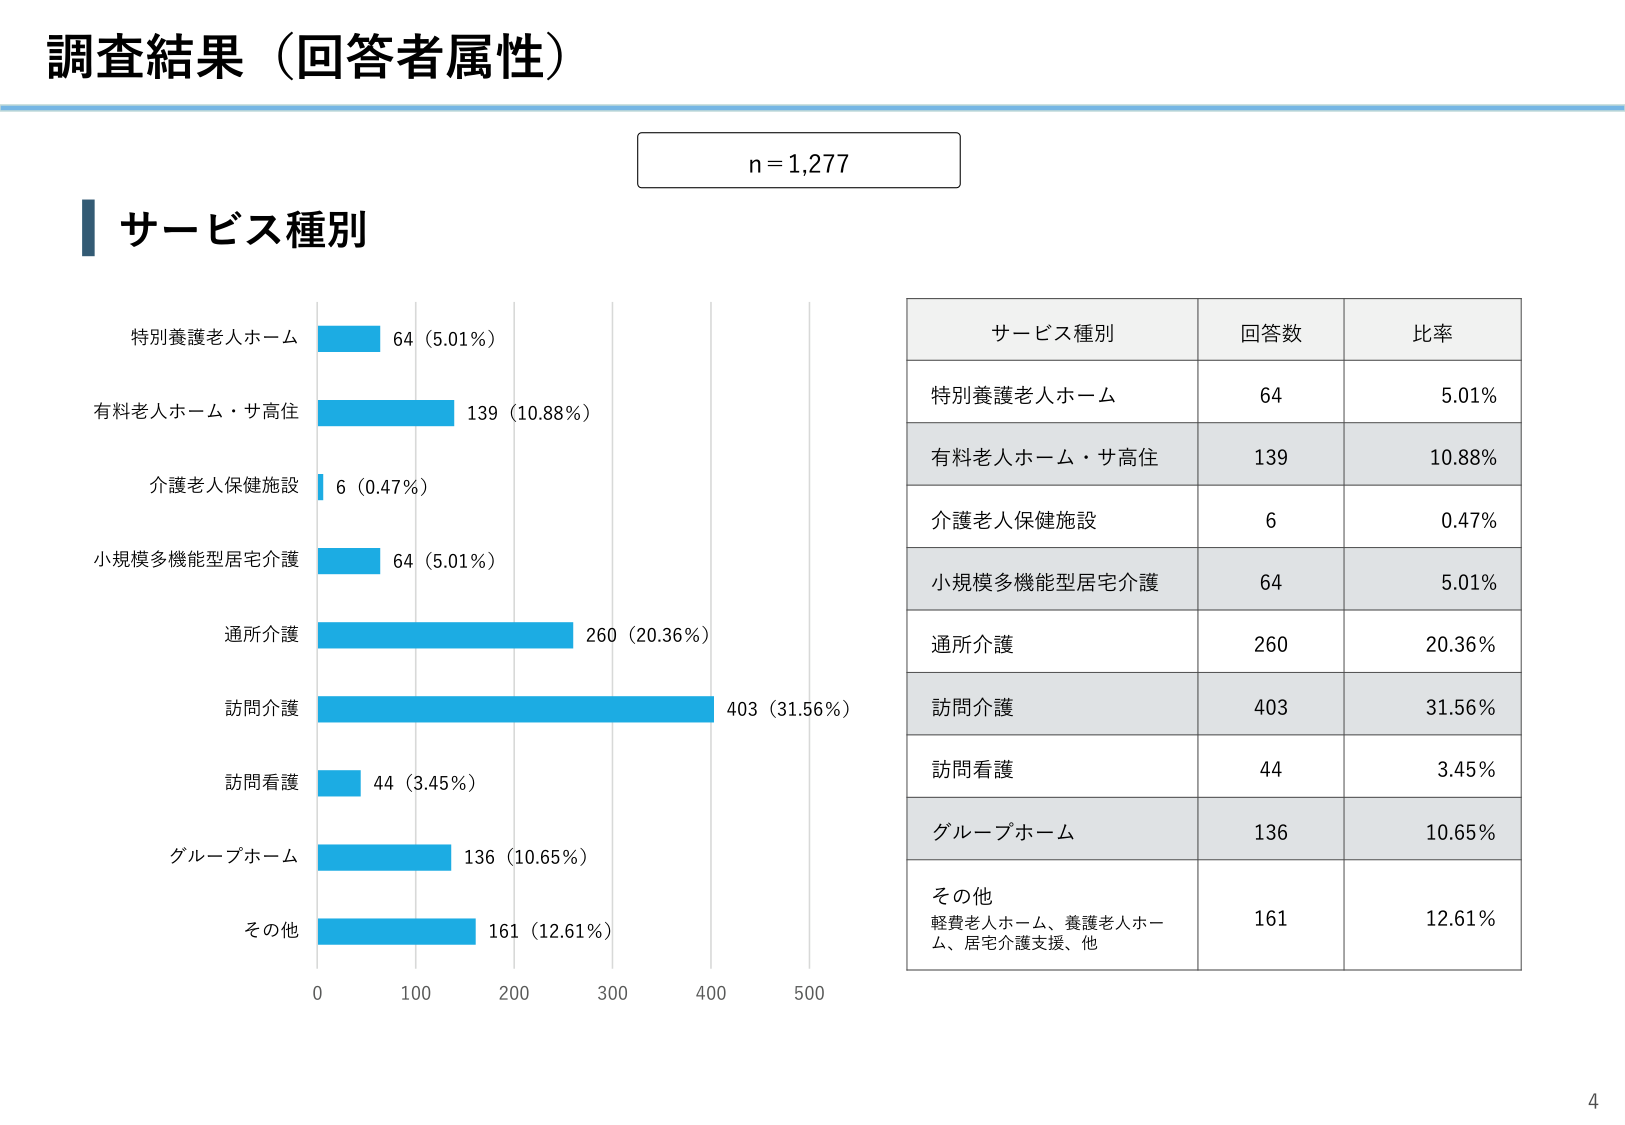
調査結果（回答者属性）

n=1,277

サービス種別

特別養護老人ホーム 64 (5.01%)
有料老人ホーム・サ高住 139 (10.88%)
介護老人保健施設 6 (0.47%)
小規模多機能型居宅介護 64 (5.01%)
通所介護 260 (20.36%)
訪問介護 403 (31.56%)
訪問看護 44 (3.45%)
グループホーム 136 (10.65%)
その他 161 (12.61%)

0 100 200 300 400 500

サービス種別 回答数 比率
特別養護老人ホーム 64 5.01%
有料老人ホーム・サ高住 139 10.88%
介護老人保健施設 6 0.47%
小規模多機能型居宅介護 64 5.01%
通所介護 260 20.36%
訪問介護 403 31.56%
訪問看護 44 3.45%
グループホーム 136 10.65%
その他 軽費老人ホーム、養護老人ホーム、居宅介護支援、他 161 12.61%

4